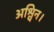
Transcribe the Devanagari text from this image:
अश्विन।